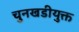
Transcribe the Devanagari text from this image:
चुनखडीयुक्त